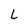
Character: L